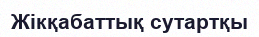
Жікқабаттық сутартқы